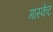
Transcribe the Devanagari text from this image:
गास्केट